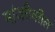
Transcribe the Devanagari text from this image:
मांजरीवरील